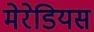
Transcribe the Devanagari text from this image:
मेरेडियस